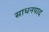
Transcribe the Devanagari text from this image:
साधनपाद